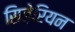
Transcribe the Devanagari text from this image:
सिज़ेरियन